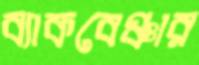
ব্যাকবেঞ্চার